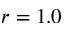
r = 1 . 0